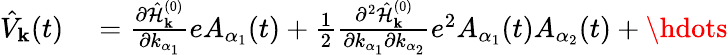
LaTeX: \begin{array}{rl}{\hat{V}_{\mathbf{k}}(t)}&{{}=\frac{\partial\hat{\mathcal{H}}_{\mathbf{k}}^{(0)}}{\partial k_{\alpha_{1}}}eA_{\alpha_{1}}(t)+\frac{1}{2}\frac{\partial^{2}\hat{\mathcal{H}}_{\mathbf{k}}^{(0)}}{\partial k_{\alpha_{1}}\partial k_{\alpha_{2}}}e^{2}A_{\alpha_{1}}(t)A_{\alpha_{2}}(t)+\hdots}\end{array}